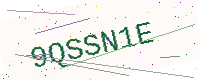
Text: 9QSSN1E